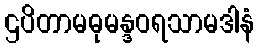
ဌပိတာမဓုမန္ဒဝရသာမဒါနံ